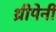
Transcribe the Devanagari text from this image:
थ्रीपेनी